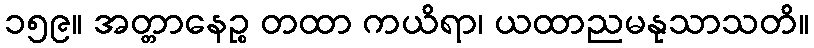
၁၅၉။ အတ္တာနေဉ္စ တထာ ကယိရာ၊ ယထာညမနုသာသတိ။